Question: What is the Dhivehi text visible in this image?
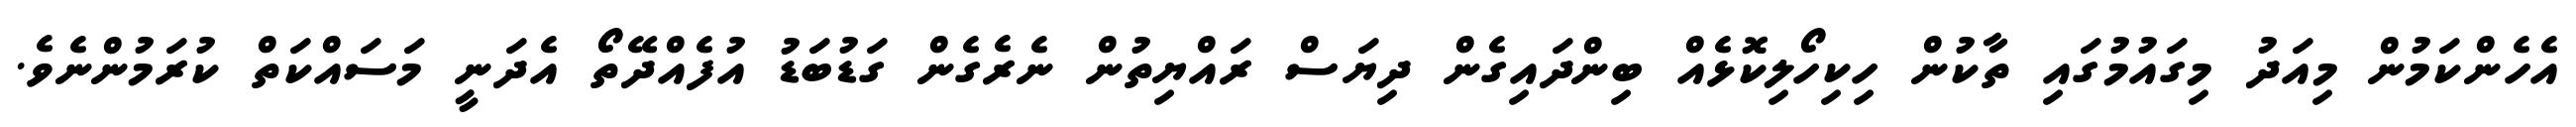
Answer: އެހެންކަމުން މިއަދު މިގައުމުގައި ތާކުން ހިކިހޯލިކޮޅެއް ބިންދައިގެން ދިޔަސް ރައްޔިތުން ނެރެގެން ގަޑުބަޑު އުފެއްދޭތޯ އެދަނީ މަސައްކަތް ކުރަމުންނެވެ.